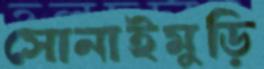
সোনাইমুড়ি